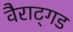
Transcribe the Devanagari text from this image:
वैराट्गड